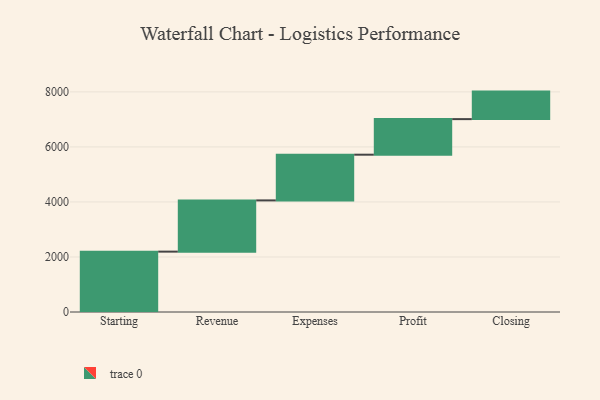
{"axis": {"x": "Step", "y": "Value"}, "legend": [""], "data": [{"x": "Starting", "y": 2194.0, "type": ""}, {"x": "Revenue", "y": 1862.0, "type": ""}, {"x": "Expenses", "y": 1661.0, "type": ""}, {"x": "Profit", "y": 1293.0, "type": ""}, {"x": "Closing", "y": 1000, "type": ""}]}